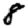
Digit: 8